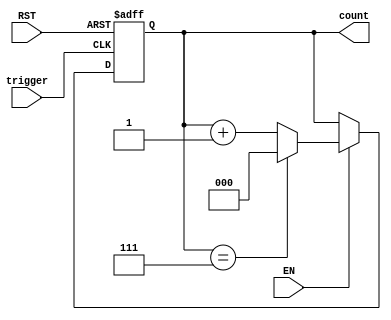
module mod_n_counter (
    input wire EN,      // Enable signal
    input wire RST,     // Reset signal
    input wire trigger,  // Trigger signal for counting
    output reg [2:0] count // 3-bit output for count (0 to 7)
);

// Asynchronous reset and counting logic
always @(posedge trigger or posedge RST) begin
    if (RST) begin
        count <= 3'b000; // Reset count to 0
    end else if (EN) begin
        if (count == 3'b111) begin
            count <= 3'b000; // Reset to 0 after reaching 7
        end else begin
            count <= count + 1; // Increment count
        end
    end
end

endmodule